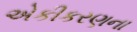
એકીકરણના